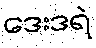
ဒေးဒရဲ